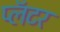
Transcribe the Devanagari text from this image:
प्लॅटर